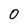
Character: 0